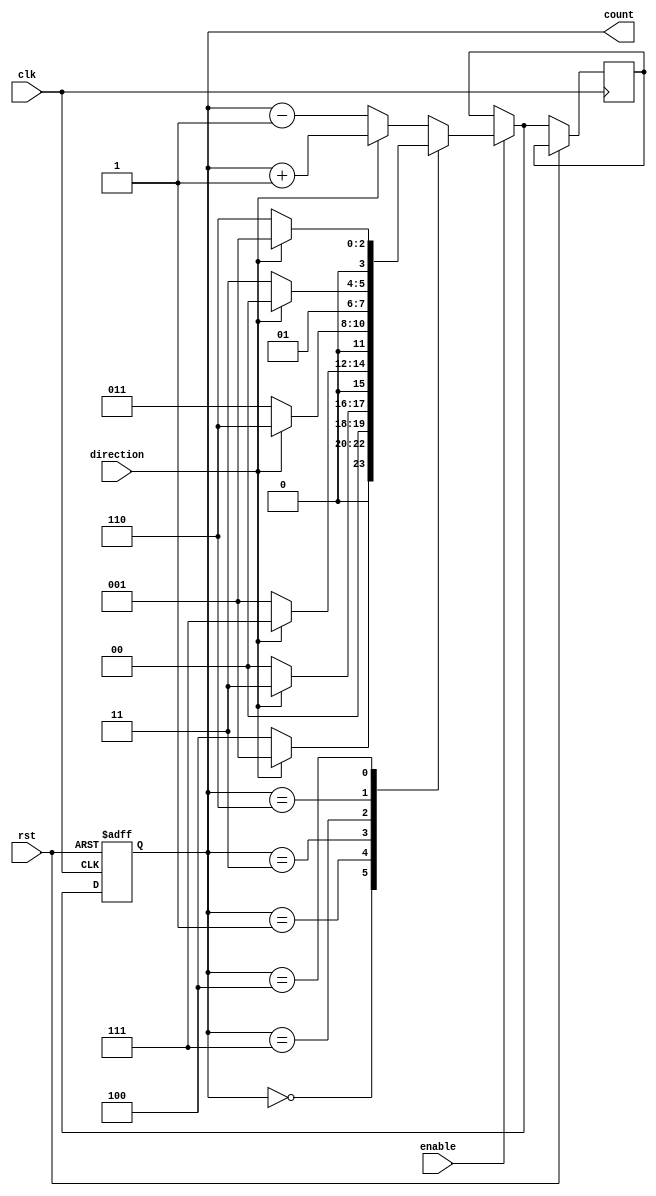
module gray_counter (
  input wire clk,
  input wire rst,
  input wire enable,
  input wire direction,
  output reg [3:0] count
);

reg [3:0] next_count;

always @ (posedge clk or posedge rst) begin
  if (rst) begin
    count <= 4'b0000;
  end else begin
    if (enable) begin
      if (direction) begin
        next_count = count + 1;
      end else begin
        next_count = count - 1;
      end
      
      case (count)
        4'b0000: begin
          next_count = (direction) ? 4'b0001 : 4'b0100;
        end
        4'b0001: begin
          next_count = (direction) ? 4'b0011 : 4'b0000;
        end
        4'b0011: begin
          next_count = (direction) ? 4'b0111 : 4'b0001;
        end
        4'b0111: begin
          next_count = (direction) ? 4'b0110 : 4'b0011;
        end
        4'b0110: begin
          next_count = (direction) ? 4'b0100 : 4'b0111;
        end
        4'b0100: begin
          next_count = (direction) ? 4'b0001 : 4'b0110;
        end
      endcase
    end
    count <= next_count;
  end
end

endmodule